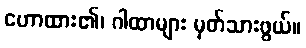
ဟောထား၏၊ ဂါထာများ မှတ်သားဖွယ်။